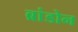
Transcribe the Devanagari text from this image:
ब्रांडोन